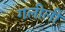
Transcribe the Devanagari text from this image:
गलीली